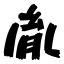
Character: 胤